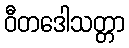
ဝီတဒေါသတ္တာ